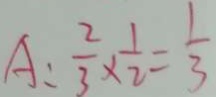
A : \frac { 2 } { 3 } \times \frac { 1 } { 2 } = \frac { 1 } { 3 }